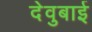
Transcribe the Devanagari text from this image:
देवुबाई